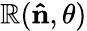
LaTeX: \mathbb{R}(\mathbf{{\hat{{n}}}},\theta)